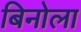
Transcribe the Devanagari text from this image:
बिनोला